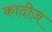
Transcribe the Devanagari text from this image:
कादीज़